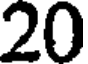
20